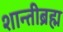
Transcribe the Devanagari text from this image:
शान्तीब्रह्म